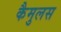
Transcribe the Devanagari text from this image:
कैमुलस